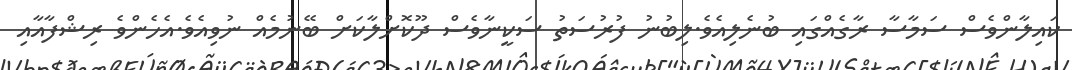
ކައިލާންވެސް ސަމާސާ ރާގެއްގައި ބުނެލިއެވެ.ލިބުނު ފުރުސަތު ސަކީނާވެސް ދޫކޮށްލާކަށް ބޭނުމެއް ނުވިއެވެ.އެހެންވެ ރިޝްފާއާއި